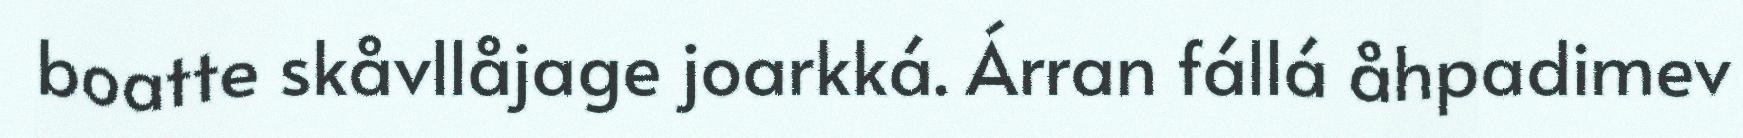
boatte skåvllåjage joarkká. Árran fállá åhpadimev